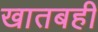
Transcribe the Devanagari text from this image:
खातबही